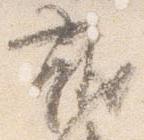
就